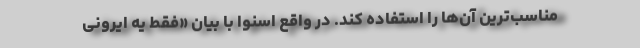
مناسب‌ترین آن‌ها را استفاده کند. در واقع اسنوا با بیان «فقط یه ایرونی